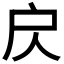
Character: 𢨨